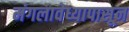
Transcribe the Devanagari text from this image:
मंगलावेध्यापासून